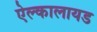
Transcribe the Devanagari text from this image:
ऐल्कालायड